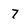
Character: 7